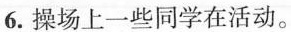
6.操场上一些同学在活动。